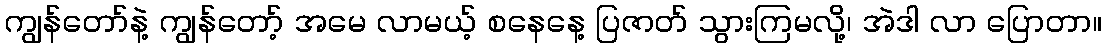
ကျွန်တော်နဲ့ ကျွန်တော့် အမေ လာမယ့် စနေနေ့ ပြဇာတ် သွားကြမလို့၊ အဲဒါ လာ ပြောတာ။